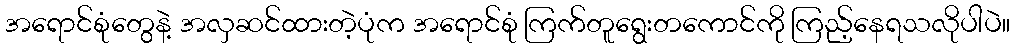
အရောင်စုံတွေနဲ့ အလှဆင်ထားတဲ့ပုံက အရောင်စုံ ကြက်တူရွေးတကောင်ကို ကြည့်နေရသလိုပါပဲ။